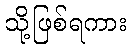
သို့ဖြစ်ရကား